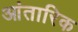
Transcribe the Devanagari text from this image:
आंतारिक